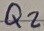
Text: Q2